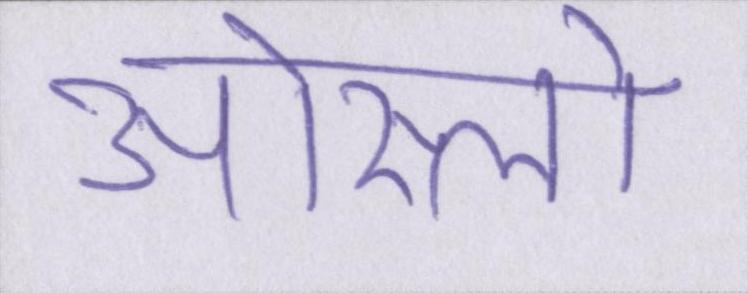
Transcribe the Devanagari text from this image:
ओस्लो